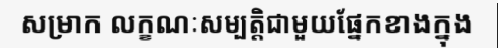
សម្រាក លក្ខណៈសម្បត្តិជាមួយផ្នែកខាងក្នុង